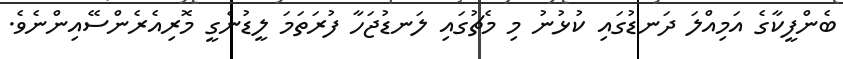
ބެންފީކާގެ އަމިއްލަ ދަނޑުގައި ކުޅުނު މި މެޗުގައި ލަނޑުޖަހާ ފުރަތަމަ ލީޑުނެގީ މޮރިއެރެންސޭއިންނެވެ.